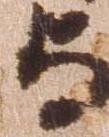
与